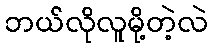
ဘယ်လိုလူမို့တဲ့လဲ